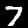
Digit: 7